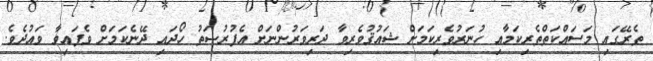
ތެރޭގައި މަސައްކަތްތެރިކަމާއި ހުނަރުވެރިކަމަށް ޝައުޤުވެރިވާ ދަރިވަރުންނަށް އެފުރުޞަތު ހޯދައި ދޭނެކަމަށް ވެފައިވާ ވައުދެވެ.